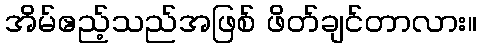
အိမ်ဧည့်သည်အဖြစ် ဖိတ်ချင်တာလား။